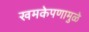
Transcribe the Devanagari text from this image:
खमकेपणामुळे